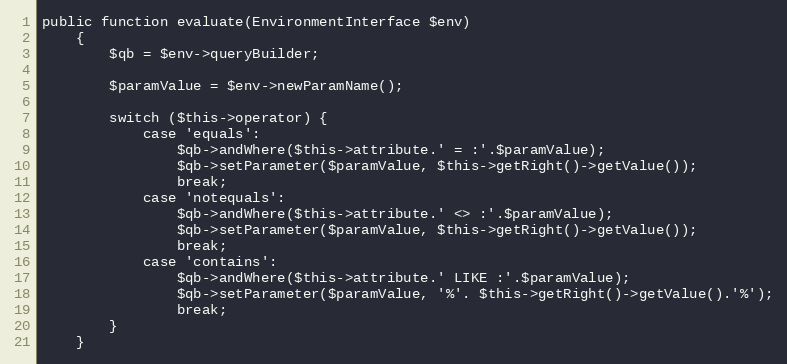
Language: PHP
public function evaluate(EnvironmentInterface $env)
    {
        $qb = $env->queryBuilder;

        $paramValue = $env->newParamName();

        switch ($this->operator) {
            case 'equals':
                $qb->andWhere($this->attribute.' = :'.$paramValue);
                $qb->setParameter($paramValue, $this->getRight()->getValue());
                break;
            case 'notequals':
                $qb->andWhere($this->attribute.' <> :'.$paramValue);
                $qb->setParameter($paramValue, $this->getRight()->getValue());
                break;
            case 'contains':
                $qb->andWhere($this->attribute.' LIKE :'.$paramValue);
                $qb->setParameter($paramValue, '%'. $this->getRight()->getValue().'%');
                break;
        }
    }